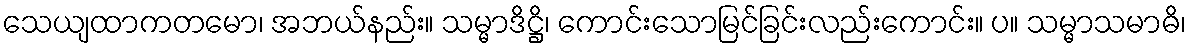
သေယျထာကတမော၊ အဘယ်နည်း။ သမ္မာဒိဋ္ဌိ၊ ကောင်းသောမြင်ခြင်းလည်းကောင်း။ ပ။ သမ္မာသမာဓိ၊